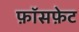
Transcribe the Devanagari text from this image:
फ़ॉसफ़ेट